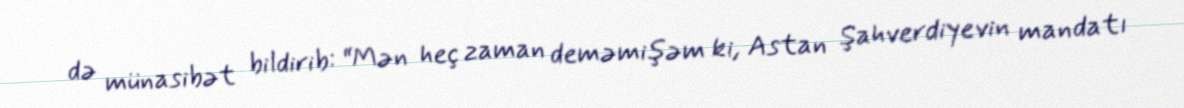
də münasibət bildirib: “Mən heç zaman deməmişəm ki, Astan Şahverdiyevin mandatı